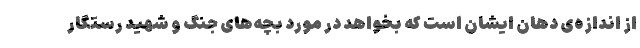
از اندازه‌ی دهان ایشان است که بخواهد در مورد بچه‌های جنگ و شهید رستگار